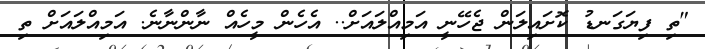
"ތި ފިޔަގަނޑު ކޮށައިލަން ޖެހޭނީ އަމިއްލައަށް.. އެހެން މީހެއް ނާންނާނެ. އަމިއްލައަށް ތި